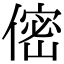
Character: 㑻